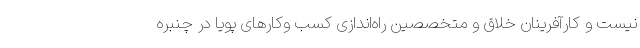
نیست و کارآفرینان خلاق و متخصصین راه‌اندازی کسب وکارهای پویا در چنبره